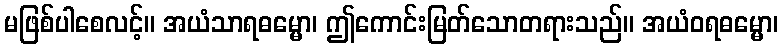
မဖြစ်ပါစေလင့်။ အယံသာရဓမ္မော၊ ဤကောင်းမြတ်သောတရားသည်။ အယံဝရဓမ္မော၊